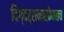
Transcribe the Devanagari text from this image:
दिग्दर्शनासोबातच